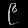
Digit: ၉